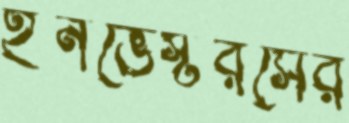
ইনভেস্টরসের